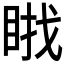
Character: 𱲷